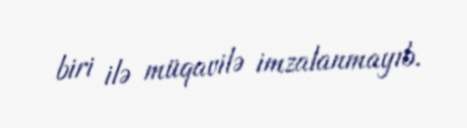
biri ilə müqavilə imzalanmayıb.